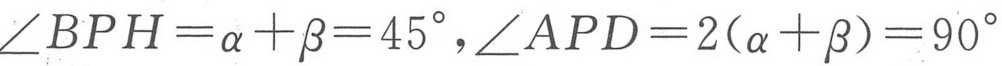
\(\angle BPH=\alpha+\beta = 45^{\circ},\angle APD=2(\alpha + \beta)=90^{\circ}\)